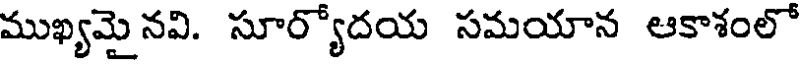
ముఖ్యమై నవి. సూర్యోదయ సమయాన ఆకాశంలో